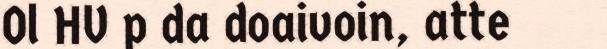
Ol HV p da doaivoin, atte